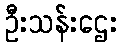
ဦးသန်းဌေး